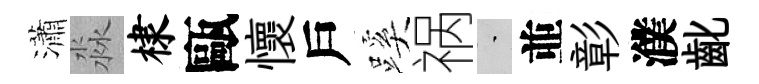
瀟淼棣甌懷戶蹊祸蒙並彰濮齔